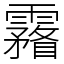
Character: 霿